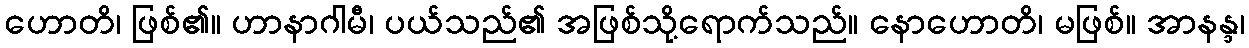
ဟောတိ၊ ဖြစ်၏။ ဟာနာဂါမီ၊ ပယ်သည်၏ အဖြစ်သို့ရောက်သည်။ နောဟောတိ၊ မဖြစ်။ အာနန္ဒ၊